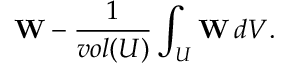
{ \mathbf W } - \frac { 1 } { v o l ( U ) } \int _ { U } { \mathbf W } \, d V .